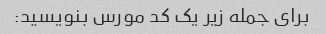
برای جمله زیر یک کد مورس بنویسید: